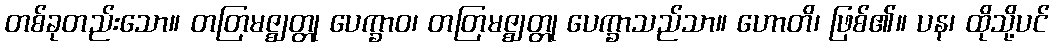
တစ်ခုတည်းသော။ တတြမဇ္ဈတ္တု ပေက္ခာဝ၊ တတြမဇ္ဈတ္တု ပေက္ခာသည်သာ။ ဟောတိ၊ ဖြစ်၏။ ပန၊ ထိုသို့ပင်